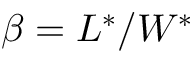
\beta = L ^ { * } / W ^ { * }